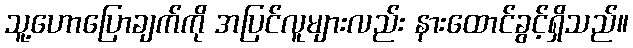
သူ့ဟောပြောချက်ကို အပြင်လူများလည်း နားထောင်ခွင့်ရှိသည်။